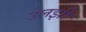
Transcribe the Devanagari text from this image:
उलझीं